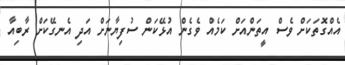
އެއްގޮތަކަށް ވެސް އީތަންއަށް ކަމެއް ވެގެން އުޅޭކަން ސުފިޔާނަށް އަދި އެނގޭކަށް ރާބިއާ